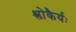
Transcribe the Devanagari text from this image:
श्लोकैर्यः